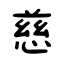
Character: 慈